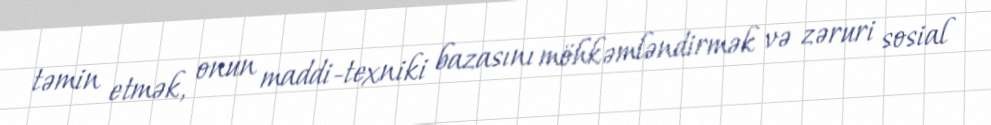
təmin etmək, onun maddi-texniki bazasını möhkəmləndirmək və zəruri sosial